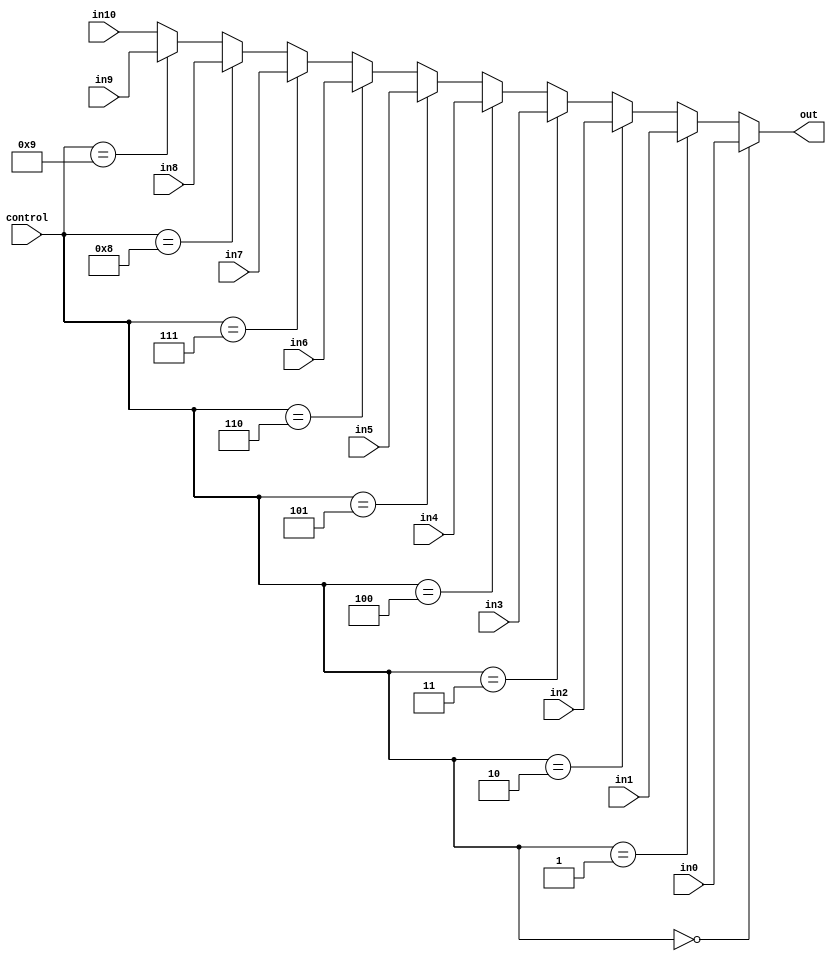
module Mux_SrcData(
    input wire [31:0] in0,
    input wire  [31:0] in1,
    input wire  [31:0] in2,
    input wire  [31:0] in3,
    input wire  [31:0] in4,
    input wire  [31:0] in5,
    input wire  [31:0] in6,
    input wire  [31:0] in7,
    input wire  [31:0] in8,
    input wire  [31:0] in9,
    input wire  [31:0] in10,
    input wire [3:0] control,
    output wire [31:0] out
    );

    assign out = (control == 4'b0000) ? in0:
                 (control == 4'b0001) ? in1:
                 (control == 4'b0010) ? in2:
                 (control == 4'b0011) ? in3:
                 (control == 4'b0100) ? in4:
                 (control == 4'b0101) ? in5:
                 (control == 4'b0110) ? in6:
                 (control == 4'b0111) ? in7:
                 (control == 4'b1000) ? in8:
                 (control == 4'b1001) ? in9:
                 in10;
                 
endmodule